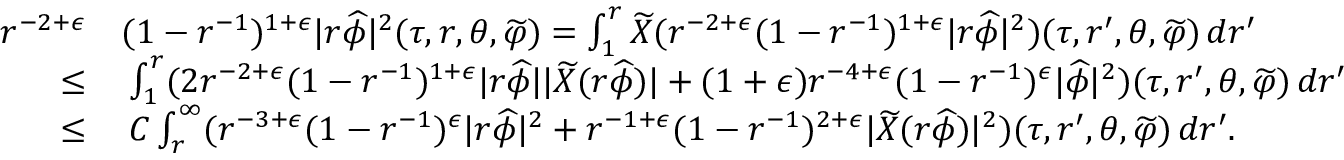
\begin{array} { r l } { r ^ { - 2 + \epsilon } } & { ( 1 - r ^ { - 1 } ) ^ { 1 + \epsilon } | r \widehat { \phi } | ^ { 2 } ( \tau , r , \theta , \widetilde { \varphi } ) = \int _ { 1 } ^ { r } \widetilde { X } ( r ^ { - 2 + \epsilon } ( 1 - r ^ { - 1 } ) ^ { 1 + \epsilon } | r \widehat { \phi } | ^ { 2 } ) ( \tau , r ^ { \prime } , \theta , \widetilde { \varphi } ) \, d r ^ { \prime } } \\ { \leq } & { \: \int _ { 1 } ^ { r } ( 2 r ^ { - 2 + \epsilon } ( 1 - r ^ { - 1 } ) ^ { 1 + \epsilon } | r \widehat { \phi } | | \widetilde { X } ( r \widehat { \phi } ) | + ( 1 + \epsilon ) r ^ { - 4 + \epsilon } ( 1 - r ^ { - 1 } ) ^ { \epsilon } | \widehat { \phi } | ^ { 2 } ) ( \tau , r ^ { \prime } , \theta , \widetilde { \varphi } ) \, d r ^ { \prime } } \\ { \leq } & { \: C \int _ { r } ^ { \infty } ( r ^ { - 3 + \epsilon } ( 1 - r ^ { - 1 } ) ^ { \epsilon } | r \widehat { \phi } | ^ { 2 } + r ^ { - 1 + \epsilon } ( 1 - r ^ { - 1 } ) ^ { 2 + \epsilon } | \widetilde { X } ( r \widehat { \phi } ) | ^ { 2 } ) ( \tau , r ^ { \prime } , \theta , \widetilde { \varphi } ) \, d r ^ { \prime } . } \end{array}